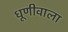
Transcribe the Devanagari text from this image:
धूणीवाला